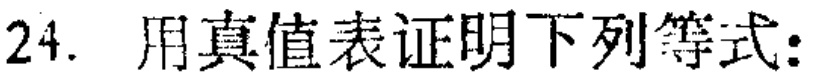
24. 用真值表证明下列等式：